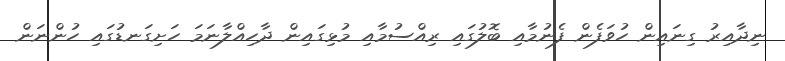
ނިދާއިރު ގިނައިން ހުވަފެން ފެނުމާއި ބޮލުގައި ރިއްސުމާއި މުޅިގައިން ދާހިއްލާނަމަ ހަށިގަނޑުގައި ހުންނަން